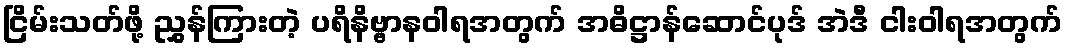
ငြိမ်းသတ်ဖို့ ညွှန်ကြားတဲ့ ပရိနိဗ္ဗာနဝါရအတွက် အဓိဋ္ဌာန်ဆောင်ပုဒ် အဲဒီ ငါးဝါရအတွက်